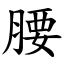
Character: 腰